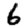
Digit: 6